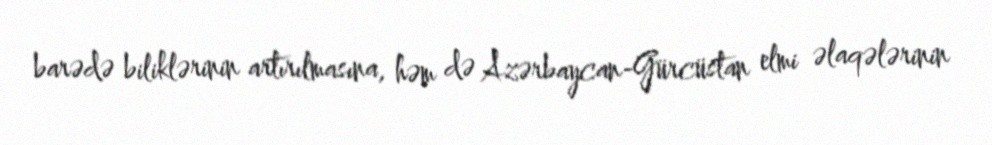
barədə biliklərinin artırılmasına, həm də Azərbaycan-Gürcüstan elmi əlaqələrinin